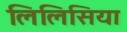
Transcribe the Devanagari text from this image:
लिलिसिया